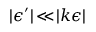
| \epsilon ^ { \prime } | \! \ll \! | k \epsilon |